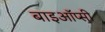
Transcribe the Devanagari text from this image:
बाइऑप्सी